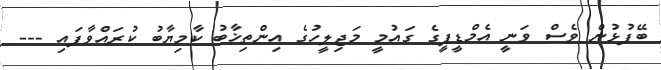
ބޭފުޅުން ވެސް ވަނީ އެމްޑީޕީގެ ގައުމީ މަޖިލީހުގެ އިންތިޚާބު ކާމިޔާބު ކުރައްވާފައި ---